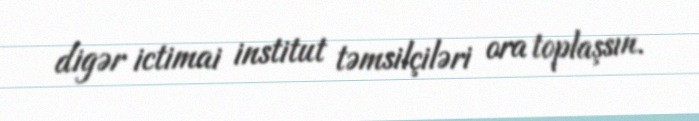
digər ictimai institut təmsilçiləri ora toplaşsın.